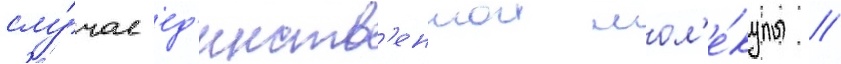
слу́чае ед'инств'еннои мол'е́кулы /